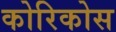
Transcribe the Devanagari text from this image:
कोरिकोस